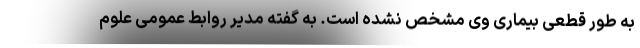
به طور قطعی بیماری وی مشخص نشده است. به گفته مدیر روابط عمومی علوم